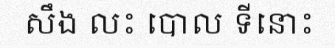
សឹង លះ បោល ទីនោះ